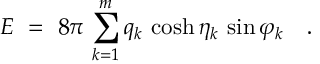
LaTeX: E \ = \ 8 \pi \, \sum _ { k = 1 } ^ { m } q _ { k } \, \cosh \eta _ { k } \, \sin \varphi _ { k } \quad .